Report on vaccination in Madras 1922-1929 - 1922-1929
Year: 1922
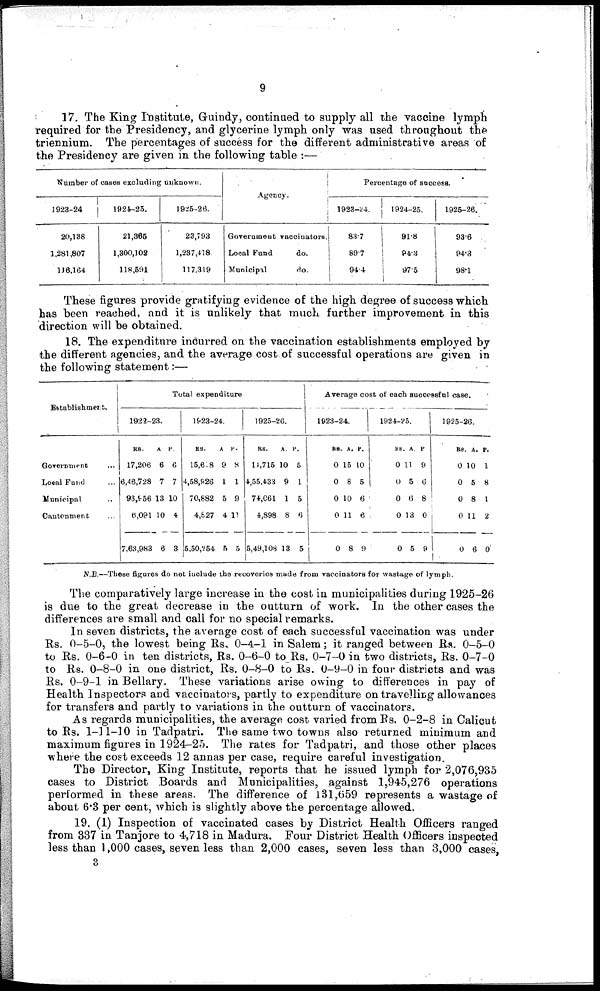
9
17. The King Institute, Guindy, continued to supply all the vaccine lymph
required for the Presidency, and glycerine lymph only was used throughout the
triennium. The percentages of success for the different administrative areas of
the Presidency are given in the following table :—
Number of cases excluding unknown.
1923-24
20,188
1,281,807
116,164
1921-25.
21,365
1,300,102
118,691
1925-26.
23,793
1,237,418
117,319
Agency.
Government vaccinators.
Local Fund
do.
Municipil
do.
Percentage of success.
1923-24.
83.7
89.7
94.4
1924-25.
91.8
84.3
97.5
1925-26.
93.6
94.3
98.1
These figures provide gratifying evidence of the high degree of success which
has been reached, and it is unlikely that much further improvement in this
direction will be obtained.
18. The expenditure incurred on the vaccination establishments employed by
the different agencies, and the average cost of successful operations are given in
the following statement:—
Establishment.
Government
...
Local Fund ...
Municipal ...
Cantonment ...
Total expenditure
1922-23.
RS.
17,206
6,46,728
93,956
6,091
7,63,983
A
6
7
13
10
6
P.
6
7
10
4
3
1923-24.
RS.
15,618
4,58,926
70,882
4,627
5,50,254
A.
9
1
5
4
5
P.
8
1
9
11
5
1925-26.
RS.
11,715
4,55,433
74,661
4,898
5,49,108
A.
10
9
1
8
13
P.
5
1
5
6
5
Average cost of each successful case.
1923-24.
RS.
0
0
0
0
0
A.
15
8
10
11
8
P.
10
5
6
6
9
1924-25.
RS.
0
0
0
0
0
A.
11
5
6
13
5
P.
9
6
8
0
9
1925-26.
RS.
0
0
0
0
0
A.
10
5
8
11
6
P.
1
8
1
2
0
N.B.—These figures do not include the recoveries made from vaccinators for wastage of lymph.
The comparatively large increase in the cost in municipalities during 1925-26
is due to the great decrease in the outturn of work. In the other cases the
differences are small and call for no special remarks.
In seven districts, the average cost of each successful vaccination was under
Rs. 0-5-0, the lowest being Rs. 0-4-1 in Salem; it ranged between Rs. 0-5-0
to Rs. 0-6-0 in ten districts, Rs. 0-6-0 to Rs. 0-7-0 in two districts, Rs. 0-7-0
to Rs. 0-8-0 in one district, Rs. 0-8-0 to Rs. 0-9-0 in four districts and was
Rs. 0-9-1 in Bellary. These variations arise owing to differences in pay of
Health Inspectors and vaccinators, partly to expenditure on travelling allowances
for transfers and partly to variations in the outturn of vaccinators.
As regards municipalities, the average cost varied from Rs. 0-2-8 in Calicut
to Rs. 1-11-10 in Tadpatri. The same two towns also returned minimum and
maximum figures in 1924-25. The rates for Tadpatri, and those other places
where the cost exceeds 12 annas per case, require careful investigation.
The Director, King Institute, reports that he issued lymph for 2,076,935
cases to District Boards and Municipalities, against 1,945,276 operations
performed in these areas. The difference of 131,659 represents a wastage of
about 6.3 per cent, which is slightly above the percentage allowed.
19. (1) Inspection of vaccinated cases by District Health Officers ranged
from 337 in Tanjore to 4,718 in Madura. Four District Health Officers inspected
less than 1,000 cases, seven less than 2,000 cases, seven less than 3,000 cases,
3